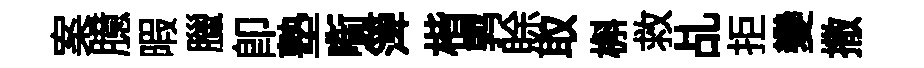
案臆暇臘卽塾㗸𥱼楷鹑賖取槲救乩拒變撒